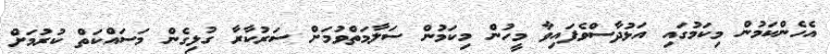
އެހެންކަމުން މިކަމުގައި އަޅުދާސްވެފައިވާ މީހުން މިކަމުން ސަލާމަތްވުމަށް ސަރުކާރާ ގުޅިގެން މަސައްކަތް ކުރުމަށް